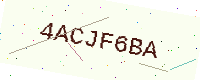
Text: 4ACJF6BA